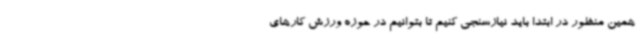
همین منظور در ابتدا باید نیازسنجی کنیم تا بتوانیم در حوزه ورزش کارهای